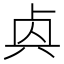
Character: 𠧯